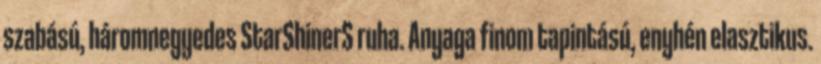
szabású, háromnegyedes StarShinerS ruha. Anyaga finom tapintású, enyhén elasztikus.